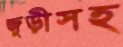
জুড়ীসহ